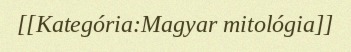
[[Kategória:Magyar mitológia]]